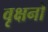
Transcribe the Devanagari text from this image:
वृक्षनो